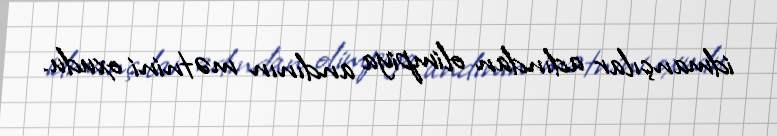
idmançılar adından olimpiya andının mətnini oxudu.